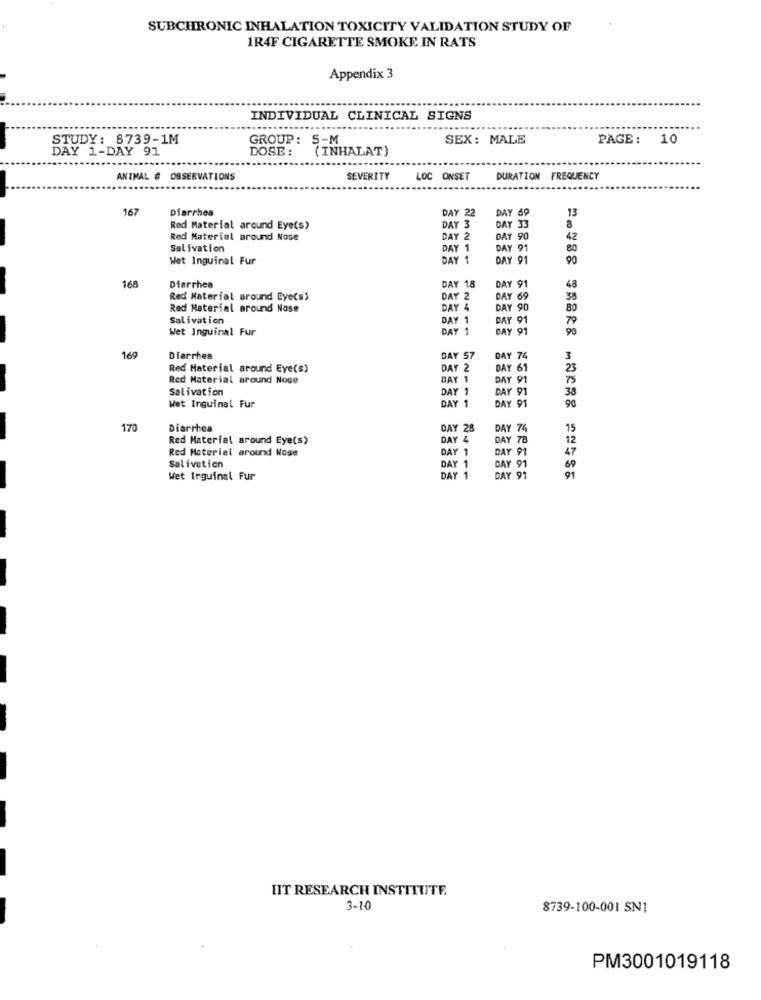
SUBCHRONIC INHALATION TOXICITY VALIDATION STUDY OF
1R4F CIGARETTE SMOKE IN RATS
Appendix 3
INDIVIDUAL CLINICAL SIGNS
------
STUDY: 8739-1M
GROUP: 5-M
SEX: MALE
PAGE: 10
DAY 1-DAY 91
DOSE :
( INHALAT)
ANIMAL # OBSERVATIONS
SEVERITY
LOC ONSET
DURATION FREQUENCY
167
Diarrhea
DAY 22
DAY 69
8
13
Red Material around Eye(s)
DAY 3
DAY 33
Red Material around Nose
DAY 2
DAY 90
42
Salivation
DAY 1
DAY 91
80
Wet Inguinal Fur
DAY 1
DAY 91
90
168
DAY 18
Diarrhea
DAY 91
48
Red Material around Eye(s)
DAY 69
38
Red Material around Nose
DAY 4
DAY 90
80
Salivation
DAY 91
Wet Inguinal Fur
DAY 1
CAY 91
90
169
Diarrhea
DAY 57
DAY 74
3
Red Material around Eye(s)
DAY 2
DAY 61
23
Red Material around Noge
DAY 1
DAYS
Salivation
DAY 1
DAY 91
38
90
Wet Inguinal Fur
DAY 91
170
Diarrhea
DAY 28
DAY 74
15
Red Material around Eye(s)
DAY 4
DAY 7
12
Red Material around Nose
DAY 1
DAY 91
47
Salivation
DAY 1
DAY 91
Wet Inguinal Fur
DAY 1
DAY 91
91
HIT RESEARCH INSTITUTE.
3-10
8739-100-001 SN1
PM3001019118